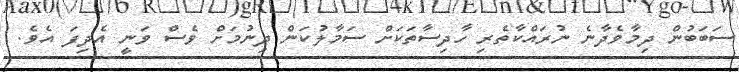
ސަބަބުން ދިމާވެދާނެ ނުރައްކާތެރި ހާދިސާތަކަށް ސަމާލުކަން ދިނުމަށް ވެސް ވަނީ އެދިފަ އެވެ.